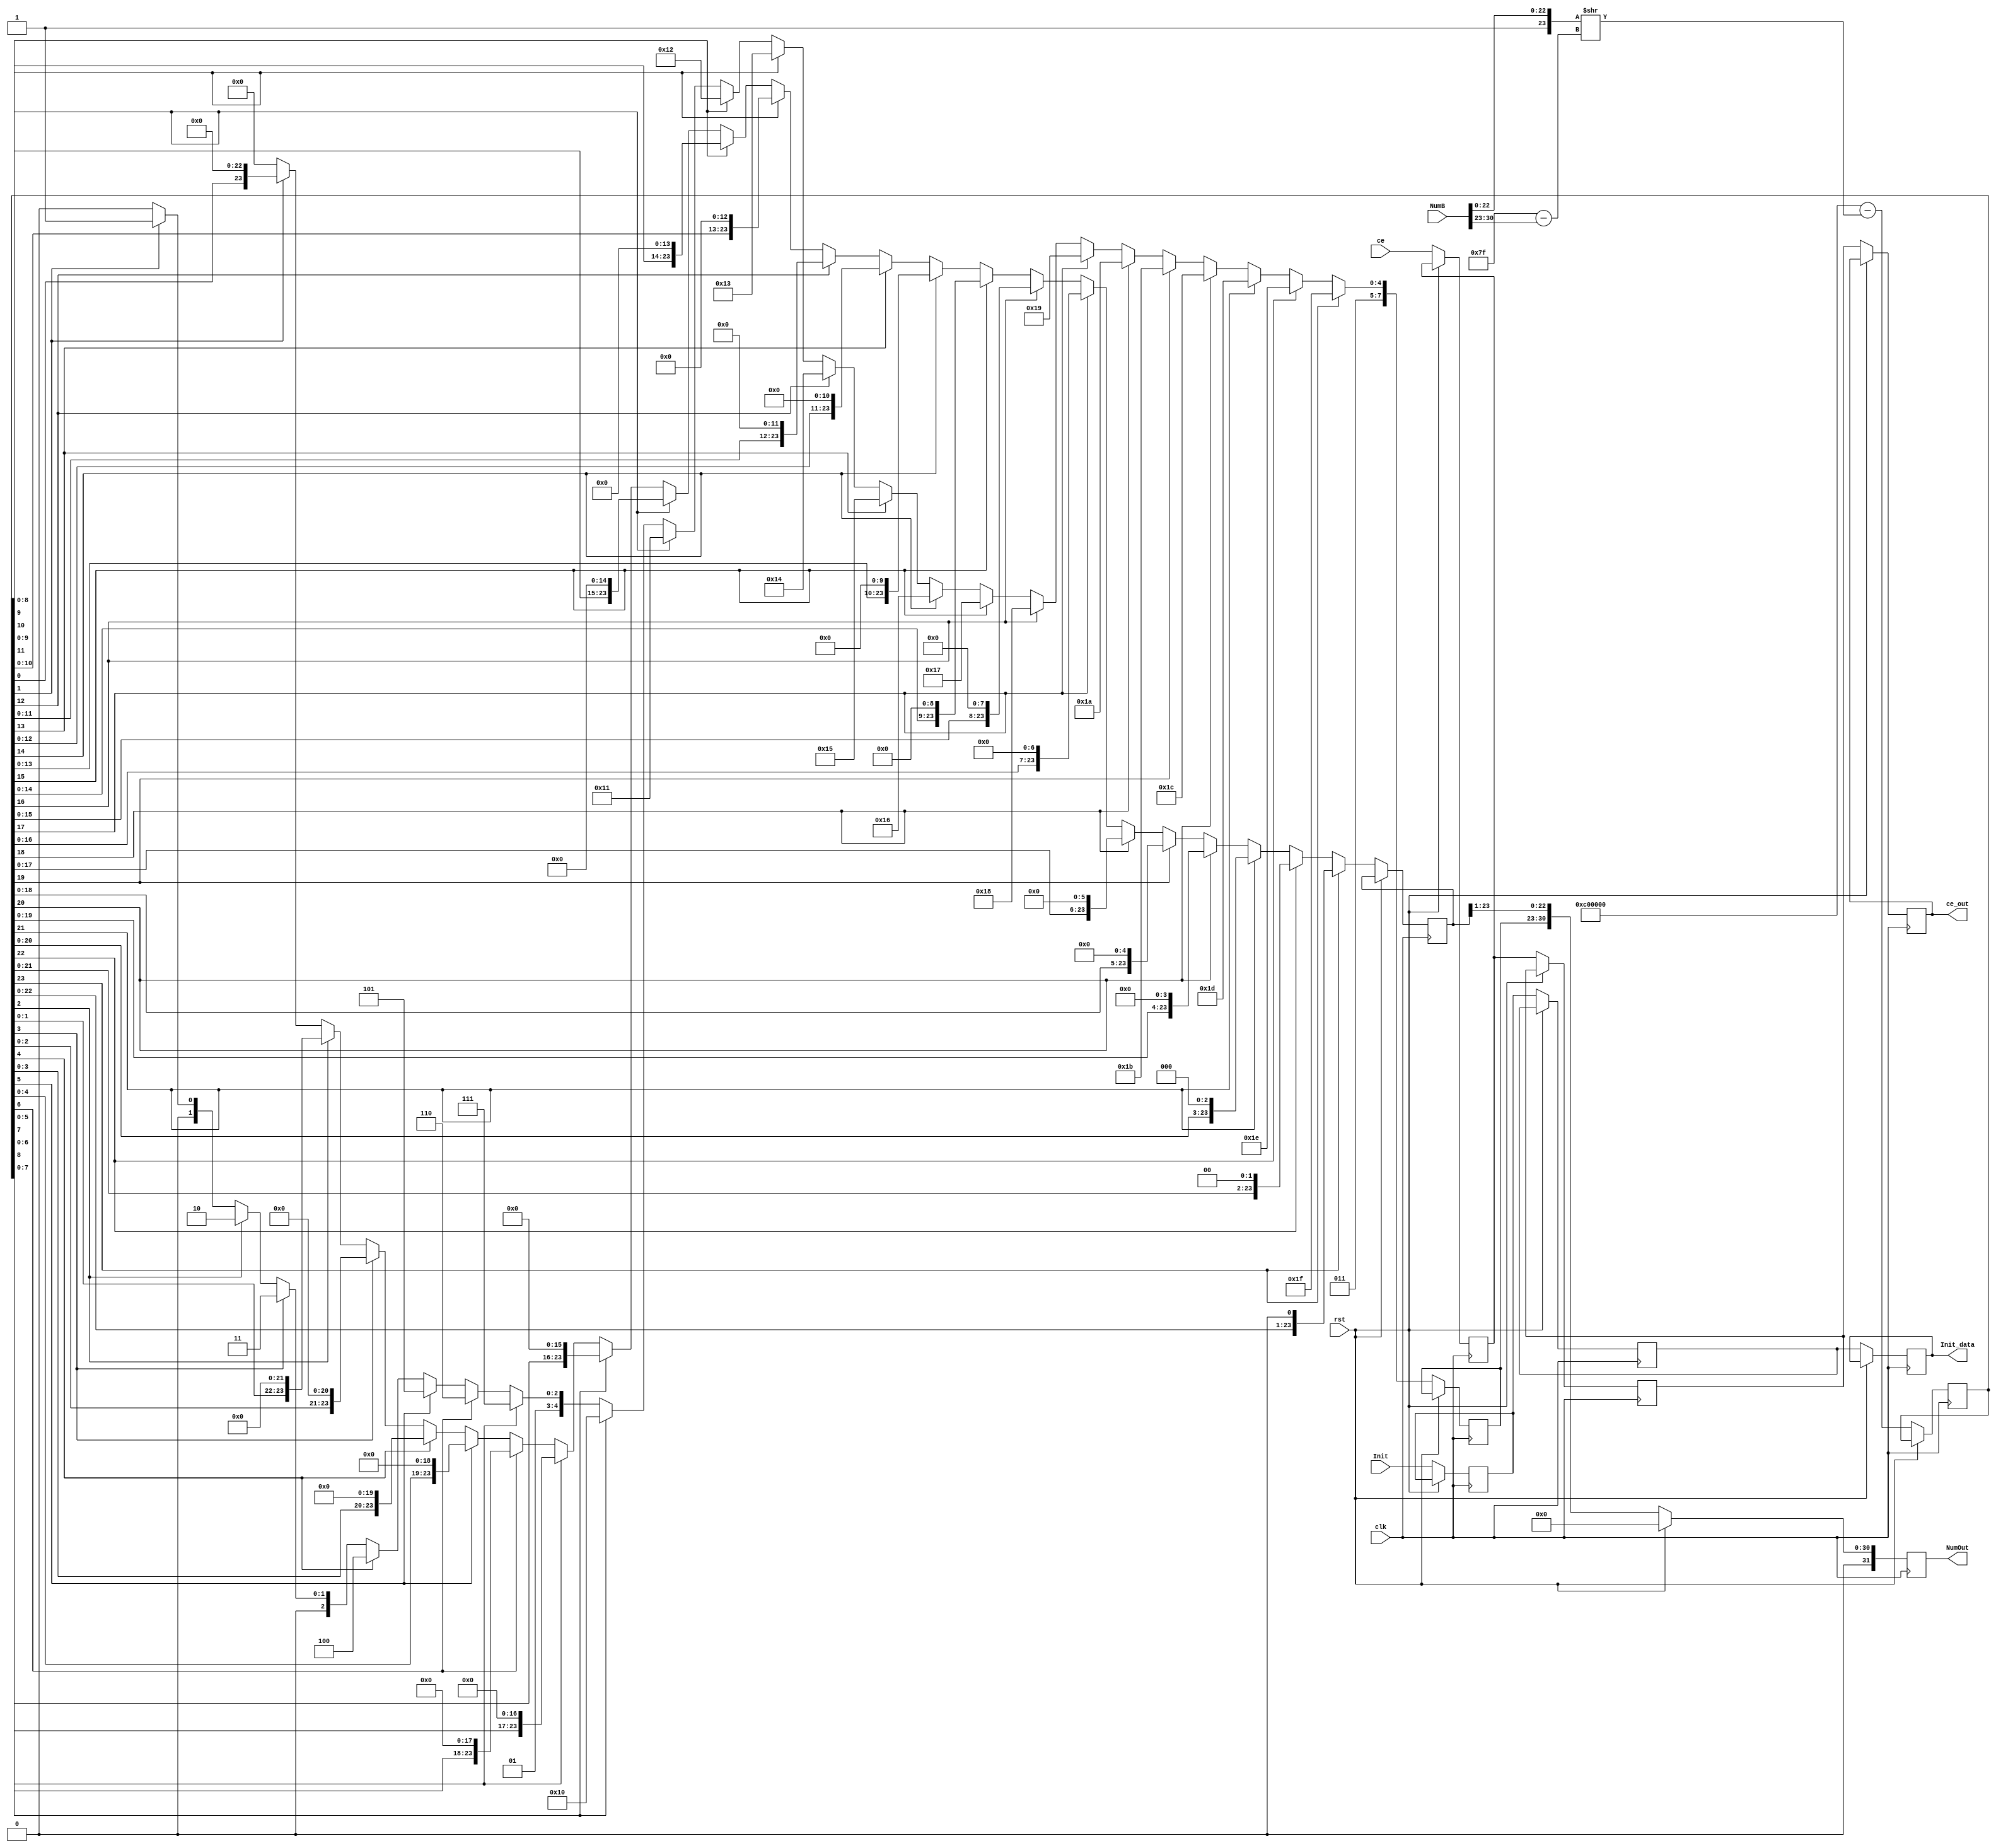
`timescale 1ns / 1ps
// Registers
//////////////////////////////////////////////////////////////////////////////////
module Substraction(
    input wire clk,
    input wire rst,
    input wire ce,
    input wire [31:0] NumB,
    input wire [31:0] Init,
    
    output reg [31:0] NumOut,
    output reg [31:0] Init_data,
    output reg ce_out
);

reg [31:0] NumOut_nxt, Init_temp, Init_temp1;
reg [23:0] Sub_mantissa, Sub_mantissa_nxt, M_Norm, M_Norm_nxt;
reg [7:0]  E_Norm, E_Norm_nxt;
reg ce_nxt, ce_out_nxt;
 
localparam OneAndHalf = {1'b0, 8'b01111111, 23'b10000000000000000000000};
localparam E_max = 8'b01111111;
localparam Sign = 1'b0;

// Always
//////////////////////////////////////////////////////////////////////////////////
always@ (posedge clk) begin
    if(rst) begin
        NumOut <= 0;
        end
    else if(!ce_out) begin
        NumOut <= NumOut_nxt;
        Sub_mantissa <= Sub_mantissa_nxt;
        M_Norm <= M_Norm_nxt;
        E_Norm <= E_Norm_nxt;
        
        Init_temp  <= Init;
        Init_temp1 <= Init_temp;
        Init_data  <= Init_temp1;
        
        ce_nxt <= ce;
        ce_out_nxt <= ce_nxt;
        ce_out <= ce_out_nxt;
        end
    else begin
        NumOut <= NumOut_nxt;
        Sub_mantissa <= Sub_mantissa_nxt;
        M_Norm <= M_Norm_nxt;
        E_Norm <= E_Norm_nxt;
        
        Init_temp  <= Init;
        Init_temp1 <= Init_temp;
        Init_data  <= Init_temp1;
        
        ce_nxt <= ce;
        ce_out_nxt <= ce_nxt;
        ce_out <= ce_out_nxt;
        end
    end
//////////////////////////////////////////////////////////////////////////////////

// Substraction
//////////////////////////////////////////////////////////////////////////////////
always@* begin
    //Max Eponenta i przesuwanie mantysy
    Sub_mantissa_nxt = ( {1'b1, OneAndHalf[22:0]} ) - ( {1'b1, NumB[22:0]} >> (OneAndHalf[30:23] - NumB[30:23]) ); // 1.5 - ( Num1 shift by diff of exps)

// Normalizacja
///////////////////////////////////////////////////////////////////////////////////
///////////////////////////////////////////////////////////////////////////////////
///////////////////////////////////////////////////////////////////////////////////
    if(Sub_mantissa[23] == 1) begin
        M_Norm_nxt = Sub_mantissa << 1;
        E_Norm_nxt = E_max - 0;
        end
    else if (Sub_mantissa[22] == 1) begin
        M_Norm_nxt = Sub_mantissa << 2;
        E_Norm_nxt = E_max - 1;
        end
    else if (Sub_mantissa[21] == 1) begin
        M_Norm_nxt = Sub_mantissa << 3;
        E_Norm_nxt = E_max - 2;
        end
    else if (Sub_mantissa[20] == 1) begin
        M_Norm_nxt = Sub_mantissa << 4;
        E_Norm_nxt = E_max - 3;
        end
    else if (Sub_mantissa[19] == 1) begin
        M_Norm_nxt = Sub_mantissa << 5;
        E_Norm_nxt = E_max - 4;
        end
    else if (Sub_mantissa[18] == 1) begin
        M_Norm_nxt = Sub_mantissa << 6;
        E_Norm_nxt = E_max - 5;
        end
    else if (Sub_mantissa[17] == 1) begin
        M_Norm_nxt = Sub_mantissa << 7;
        E_Norm_nxt = E_max - 6;
        end
    else if (Sub_mantissa[16] == 1) begin
        M_Norm_nxt = Sub_mantissa << 8;
        E_Norm_nxt = E_max - 7;
        end
    else if (Sub_mantissa[15] == 1) begin
        M_Norm_nxt = Sub_mantissa << 9;
        E_Norm_nxt = E_max - 8;
        end
    else if (Sub_mantissa[14] == 1) begin
        M_Norm_nxt = Sub_mantissa << 10;
        E_Norm_nxt = E_max - 9;
        end
    else if (Sub_mantissa[13] == 1) begin
        M_Norm_nxt = Sub_mantissa << 11;
        E_Norm_nxt = E_max - 10;
        end
    else if (Sub_mantissa[12] == 1) begin
        M_Norm_nxt = Sub_mantissa << 12;
        E_Norm_nxt = E_max - 11;
        end
    else if (Sub_mantissa[11] == 1) begin
        M_Norm_nxt = Sub_mantissa << 13;
        E_Norm_nxt = E_max - 12;
        end
    else if (Sub_mantissa[10] == 1) begin
        M_Norm_nxt = Sub_mantissa << 14;
        E_Norm_nxt = E_max - 13;
        end
    else if (Sub_mantissa[9] == 1) begin
        M_Norm_nxt = Sub_mantissa << 15;
        E_Norm_nxt = E_max - 14;
        end
    else if (Sub_mantissa[8] == 1) begin
        M_Norm_nxt = Sub_mantissa << 16;
        E_Norm_nxt = E_max - 15;
        end
    else if (Sub_mantissa[7] == 1) begin
        M_Norm_nxt = Sub_mantissa << 17;
        E_Norm_nxt = E_max - 16;
        end
    else if (Sub_mantissa[6] == 1) begin
        M_Norm_nxt = Sub_mantissa << 18;
        E_Norm_nxt = E_max - 17;
        end
    else if (Sub_mantissa[5] == 1) begin
        M_Norm_nxt = Sub_mantissa << 19;
        E_Norm_nxt = E_max - 18;
        end
    else if (Sub_mantissa[4] == 1) begin
        M_Norm_nxt = Sub_mantissa << 20;
        E_Norm_nxt = E_max - 19;
        end
    else if (Sub_mantissa[3] == 1) begin
        M_Norm_nxt = Sub_mantissa << 21;
        E_Norm_nxt = E_max - 20;
        end
    else if (Sub_mantissa[2] == 1) begin
        M_Norm_nxt = Sub_mantissa << 22;
        E_Norm_nxt = E_max - 21;
        end
    else if (Sub_mantissa[1] == 1) begin
        M_Norm_nxt = Sub_mantissa << 23;
        E_Norm_nxt = E_max - 22;
        end
    else begin
        M_Norm_nxt = Sub_mantissa << 24;
        E_Norm_nxt = E_max - 23;
        end
///////////////////////////////////////////////////////////////////////////////////
///////////////////////////////////////////////////////////////////////////////////
///////////////////////////////////////////////////////////////////////////////////
            
    //Dokonczyc normalizacje
    NumOut_nxt = {Sign, E_Norm, M_Norm[23:1]};
    end
endmodule
//////////////////////////////////////////////////////////////////////////////////


////Max Eponenta i przesuwanie mantysy
//if(OneAndHalf[30:23] > NumB[30:23]) begin
//    max_exponent_nxt = OneAndHalf[30:23];
//    Sub_mantissa_nxt = {1'b1, OneAndHalf[22:0]} - ( {1'b1, NumB[22:0]} >> (OneAndHalf[30:23] - NumB[30:23]) ); // 1.5 - ( Num1 shift by diff of exps)
//    end
//else begin
//    max_exponent_nxt = NumB[30:23];
//    Sub_mantissa_nxt = {1'b1, NumB[22:0]} - ( {1'b1, OneAndHalf[22:0]} >> (NumB[30:23] - OneAndHalf[30:23]) );
//    end